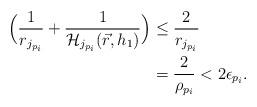
LaTeX: \begin{align*}\Big( \frac{1}{r_{j_{p_i}}} + \frac{1}{\mathcal{H}_{j_{p_i}}(\vec{r},h_1)} \Big) &\leq \frac{2}{r_{j_{p_i}}} \\ &= \frac{2}{\rho_{p_i}} < 2\epsilon_{p_i} . \end{align*}